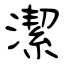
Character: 潔